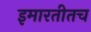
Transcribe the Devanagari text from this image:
इमारतीतच